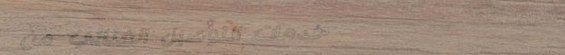
خدمات التوصيل الغذائي من